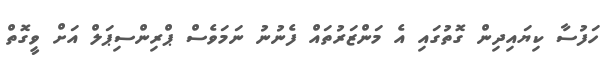
ހަފުސާ ކިޔައިދިން ގޮތުގައި އެ މަންޒަރުތައް ފެނުނު ނަމަވެސް ޕްރިންސިޕަލް އަށް ވީގޮތް